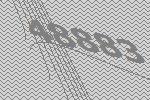
48883